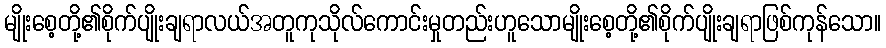
မျိုးစေ့တို့၏စိုက်ပျိုးချရာလယ်အတူကုသိုလ်ကောင်းမှုတည်းဟူသောမျိုးစေ့တို့၏စိုက်ပျိုးချရာဖြစ်ကုန်သော။